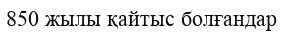
850 жылы қайтыс болғандар